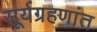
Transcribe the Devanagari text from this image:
सूर्यग्रहणांत